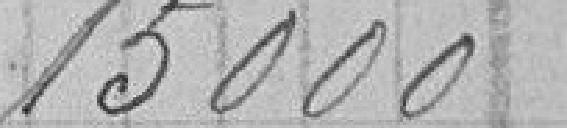
15000,00